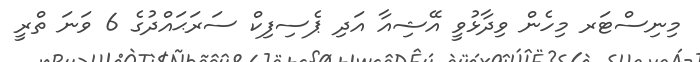
މިނިސްޓަރ މިހެން ވިދާޅުވީ އޭޝިއާ އަދި ޕެސިފިކް ސަރަޙައްދުގެ 6 ވަނަ ތްރީ